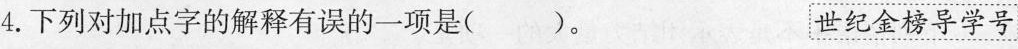
4.下列对加点字的解释有误的一项是()。 世纪金榜导学号